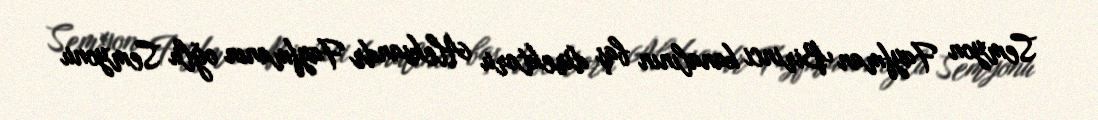
Semyon Fayfman Birinci kanalının baş direktoru Aleksandr Fayfmanın oğlu Semyonu